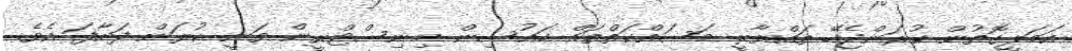
އަމަލީގޮތުން ކުރަންޖެހޭ ތައްޔާރީ މަސައްކަތްތައް ހައުސިން މިނިސްޓްރީން ވަނީ ކުރަން ފަށާފަ އެވެ.